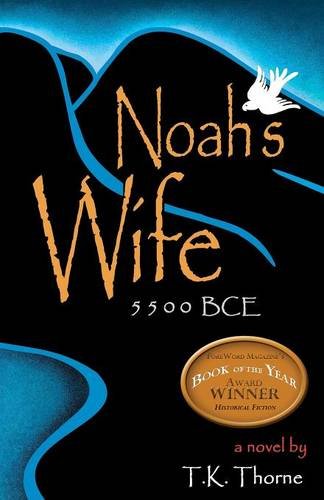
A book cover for Noah's Wife; T. K. Thorne; Religion & Spirituality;